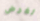
لغرض